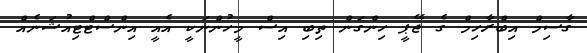
ގާސިމް އިބްރާހިމް ގެ ޖޭޕީ ހިންގަން ތިބި އިސް މީހުންނަކީ އެއީ އިންސްޓްޓިއުޝަނެއް